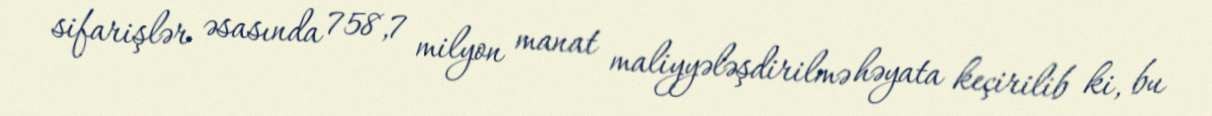
sifarişlər əsasında 758,7 milyon manat maliyyələşdirilmə həyata keçirilib ki, bu